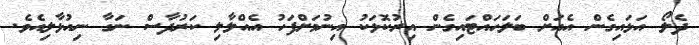
ދެލޯ އަޅައިގެން އެއަށް ބަލަހައްޓައިގެން އިރުކޮޅަކު އިނުމަށްފަހު އެއްލާލި ކަރުދާސް ނަގާ ނިއުޅާލިއެވެ.